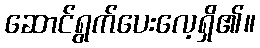
ဆောင်ရွက်ပေးလေ့ရှိ၏။